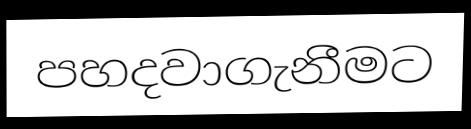
පහදවාගැනීමට